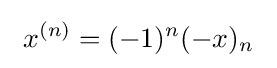
\ x^{(n)}=(-1)^{n}(-x)_{n}~